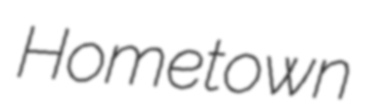
Hometown